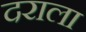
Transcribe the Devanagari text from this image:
दराला